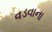
વડવાના